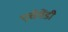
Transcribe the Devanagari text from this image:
एचेमेंडी